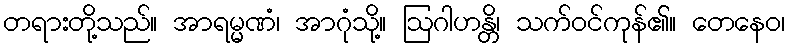
တရားတို့သည်။ အာရမ္မဏံ၊ အာဂုံသို့။ ဩဂါဟန္တိ၊ သက်ဝင်ကုန်၏။ တေနေဝ၊